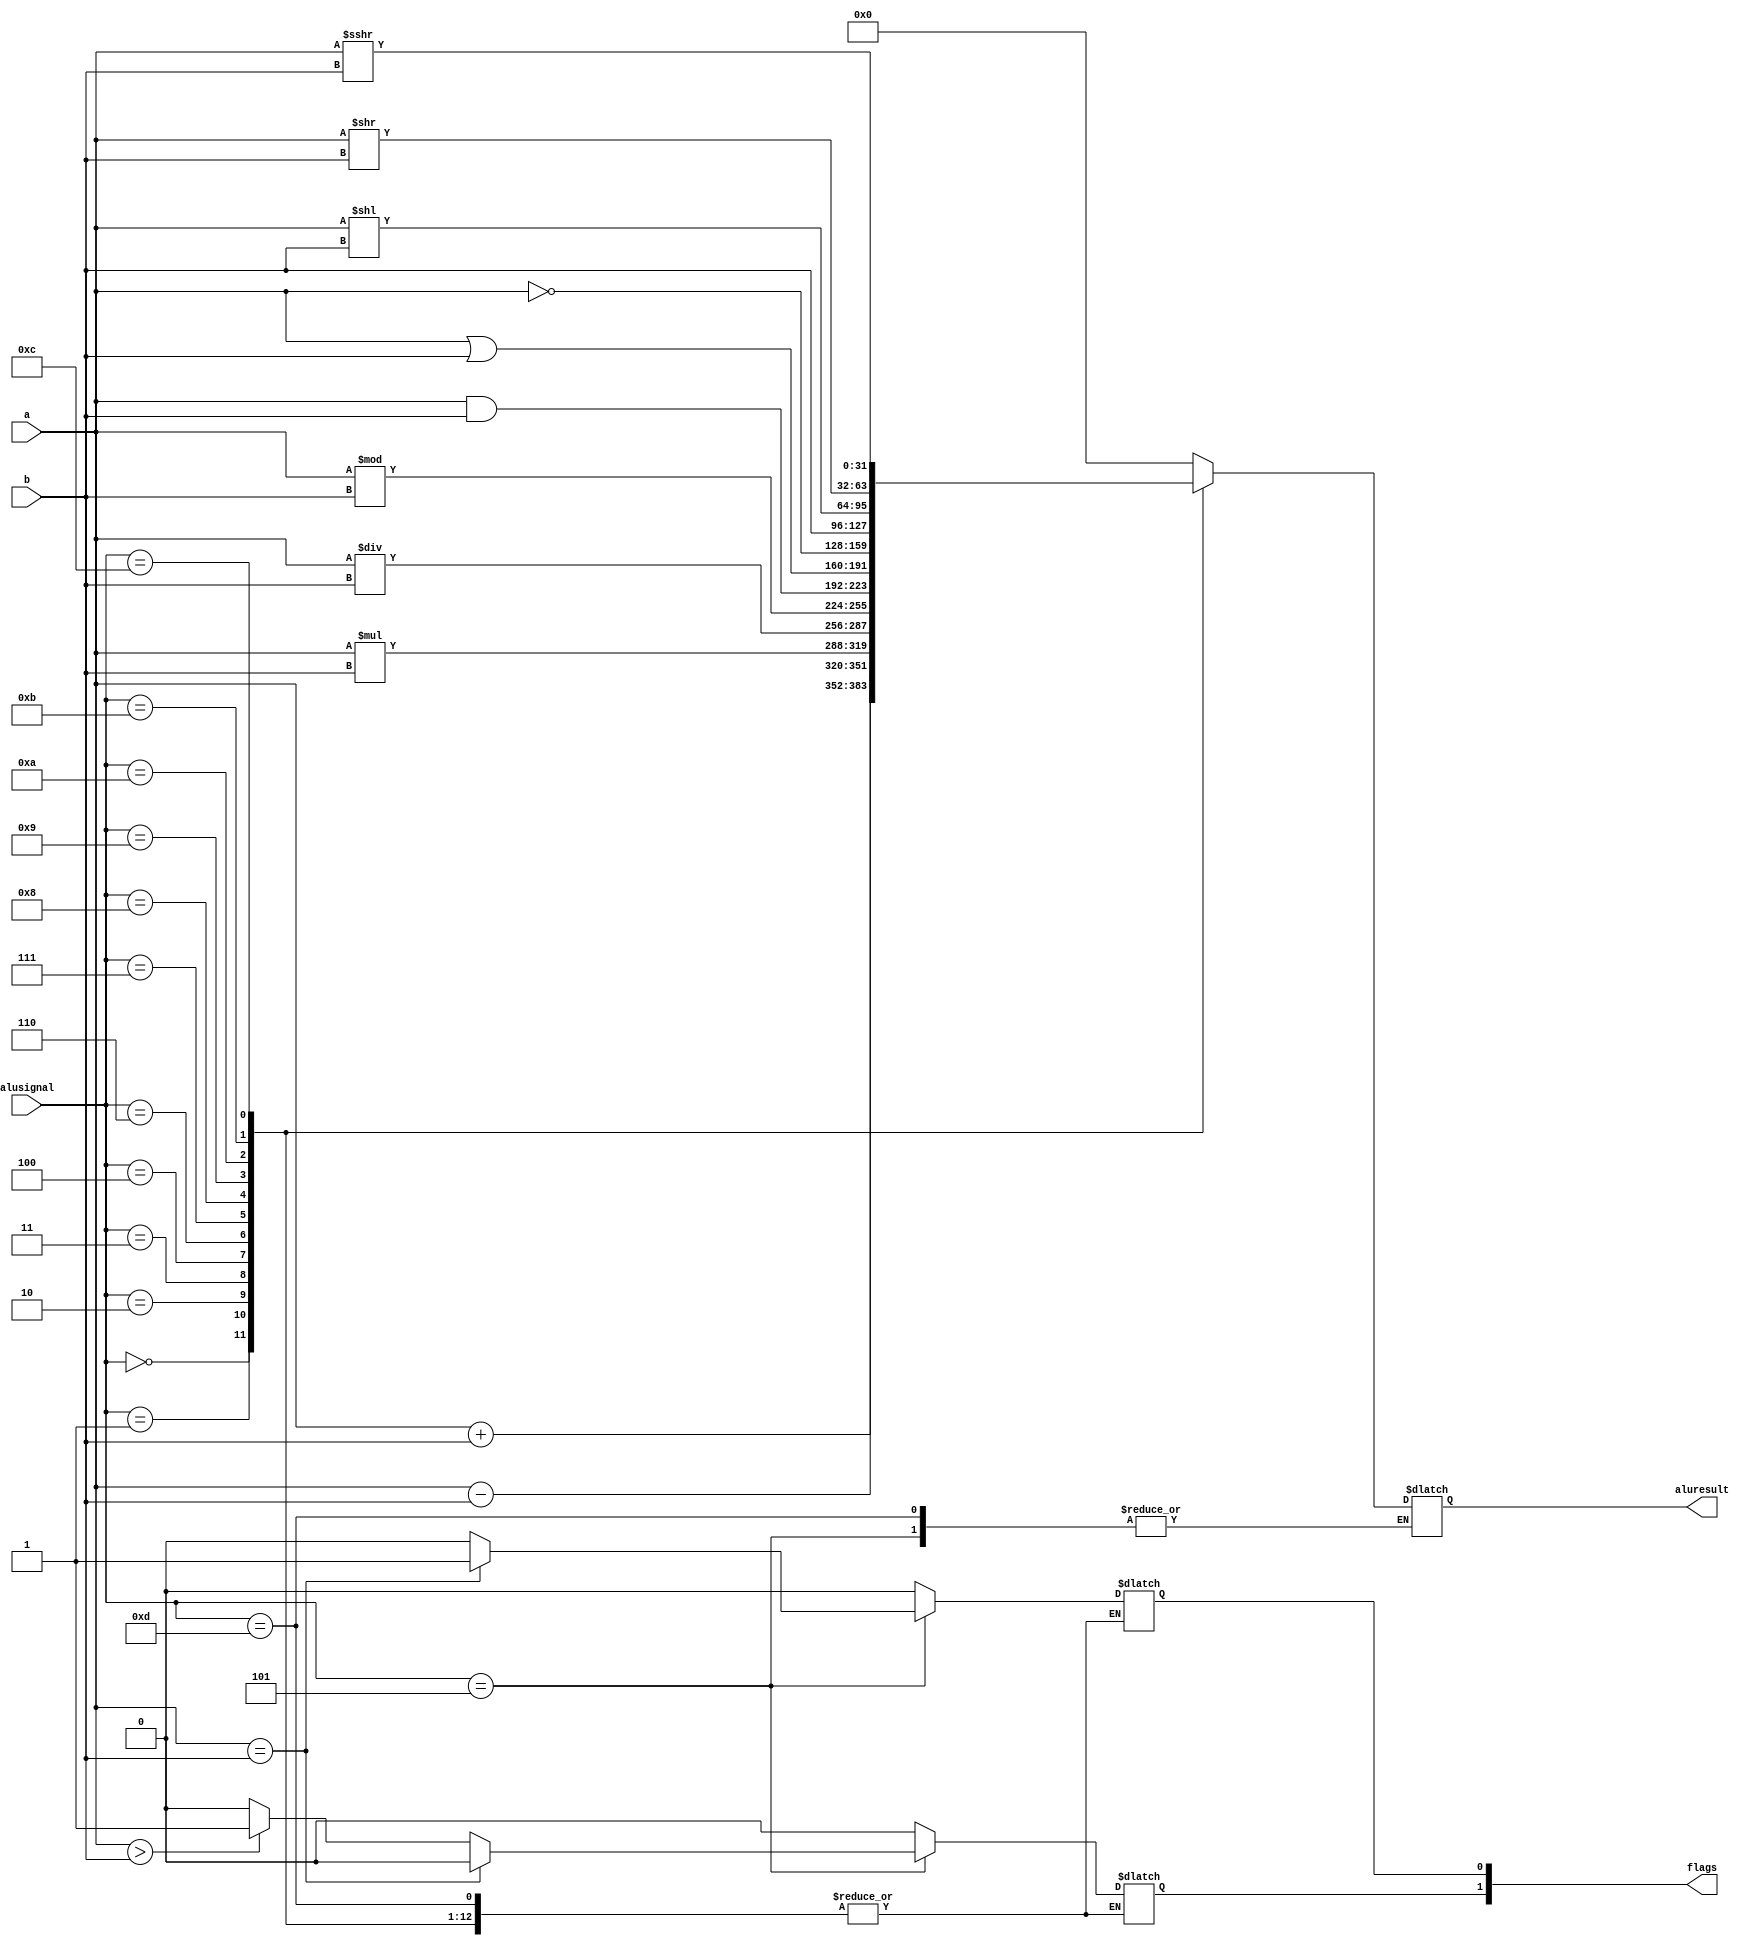
// Arithmatic and Logic Unit

module alu(alusignal,a,b, aluresult, flags);

           input [4:0] alusignal;
           input signed [31:0] a,b;
           output [31:0] aluresult;
           output [1:0] flags;

           wire [4:0] alusignal;
           wire signed [31:0] a,b;
           reg [31:0] aluresult;
           wire signed [31:0] a_signed;
           reg [1:0] flags;

           assign a_signed=a;


always @(*)
          begin
          case(alusignal)

5'b00000 : aluresult = a + b ;                         // add
5'b00001 : aluresult = a - b ;                         // sub
5'b00010 : aluresult = a * b ;                         // mul
5'b00011 : aluresult = a / b ;                         // div 
5'b00100 : aluresult = a % b ;                         // mod
5'b00101 : begin
                if (a == b)
                begin 
                flags[0] = 1'b1;
                flags[1] = 1'b0;
                end  
                else if (a > b)
                begin
                flags[0] = 1'b0; 
                flags[1] = 1'b1;
                end
                else 
                begin
                flags[0] = 1'b0; 
                flags[1] = 1'b0;
                end
           end                                         // cmp
5'b00110 : aluresult = a & b ;                         // and
5'b00111 : aluresult = a | b ;                         // or
5'b01000 : aluresult = ~a ;                            // not
5'b01001 : aluresult =  b ;                            // mov
5'b01010 : aluresult = a << b ;                        // lsl
5'b01011 : aluresult = a >> b ;                        // a unsigned   //lsr
5'b01100 : 
          begin
          aluresult= a_signed >>> b;                   // a signed     //asr
          end
5'b01101:
          begin
                                                 // nop
          end
                   
default: begin
          aluresult = 32'd0;
          flags[0] = 1'b0; 
          flags[1] = 1'b0;                       // default  
         end

endcase
end
endmodule